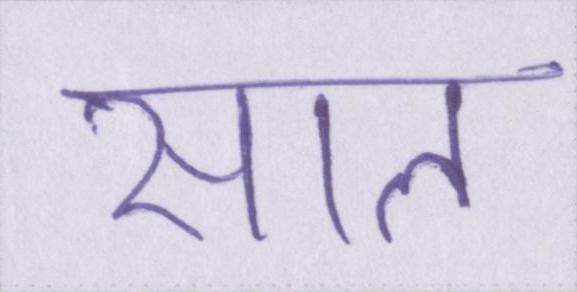
साल